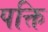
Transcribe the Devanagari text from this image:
पक्ति